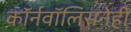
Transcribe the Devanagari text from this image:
कॉर्नवॉलिसनेही